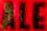
ALE